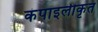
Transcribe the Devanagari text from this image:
कंपाइलीकृत